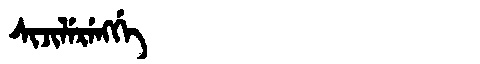
Manchu: ᠰᡳᠵᡳᠯᡝᡵᡝᠩᡤᡝ
Romanization: SIJILERENGGE